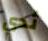
ثدي